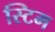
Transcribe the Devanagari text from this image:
स्टिम